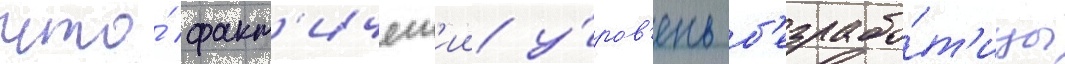
что́ факт'ическ'ии у́ров'ень б'езрабо́т'ицы